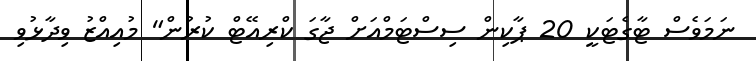
ނަމަވެސް ޓާގެޓަކީ 20 ޕާކިން ސިސްޓަމްއަށް ޖާގަ ކްރިއޭޓް ކުރުން" މުއިއްޒު ވިދާޅުވި